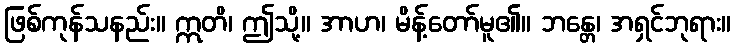
ဖြစ်ကုန်သနည်း။ ဣတိ၊ ဤသို့။ အာဟ၊ မိန့်တော်မူ၏။ ဘန္တေ၊ အရှင်ဘုရား။